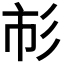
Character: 𢒌